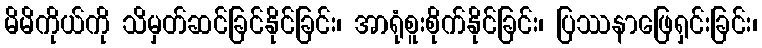
မိမိကိုယ်ကို သိမှတ်ဆင်ခြင်နိုင်ခြင်း၊ အာရုံစူးစိုက်နိုင်ခြင်း၊ ပြဿနာဖြေရှင်းခြင်း၊